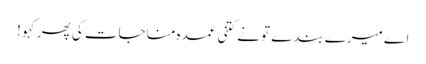
اے میرے بندے تو نے کتنی عمدہ مناجات کی پھر کہو !